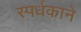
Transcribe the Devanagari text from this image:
स्पर्धकाने